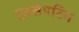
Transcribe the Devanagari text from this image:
हरसेपटिन